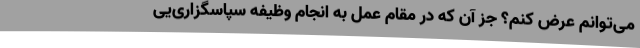
می‌توانم عرض کنم؟ جز آن که در مقام عمل به انجام وظیفه سپاسگزاری‌‌یی